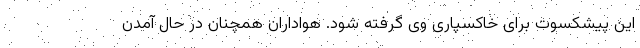
این پیشکسوت برای خاکسپاری وی گرفته شود. هواداران همچنان در حال آمدن